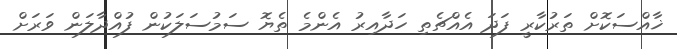
ޚާއްސަކޮށް ތަރުކާރީ ފަދަ އެއްޗެތި ހަދާއިރު އެންމެ ތެޔޮ ސަމުސަލަކުން ފުއްދާލަން ވަރަށް